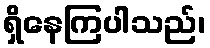
ရှိနေကြပါသည်၊